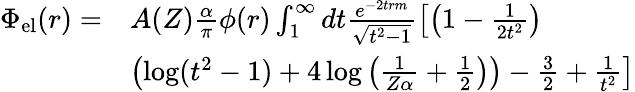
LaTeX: \begin{array}{rl}{\Phi_{\mathrm{el}}(r)=}&{A(Z)\frac{\alpha}{\pi}\phi(r)\int_{1}^{\infty}dt\frac{e^{-2trm}}{\sqrt{t^{2}-1}}\left[\left(1-\frac{1}{2t^{2}}\right)\right.}\\ &{\left.\left(\log(t^{2}-1)+4\log\left(\frac{1}{Z\alpha}+\frac{1}{2}\right)\right)-\frac{3}{2}+\frac{1}{t^{2}}\right]}\end{array}